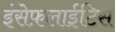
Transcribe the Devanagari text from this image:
इंसेफ़लाईटिस